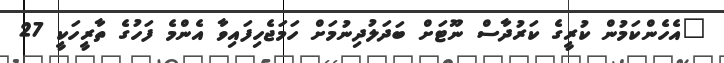
"އެހެންކަމުން ކުރީގެ ކަރުދާސް ނޫޓަށް ބަދަލުދިނުމަށް ހަމަޖެހިފައިވާ އެންމެ ފަހުގެ ތާރީހަކީ 27